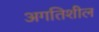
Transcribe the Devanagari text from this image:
अगतिशील